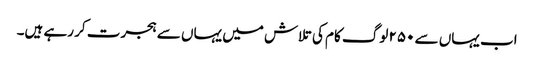
اب یہاں سے ۲۵۰ لوگ کام کی تلاش میں یہاں سے ہجرت کر رہے ہیں۔